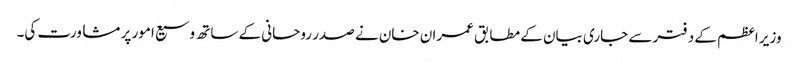
وزیر اعظم کے دفتر سے جاری بیان کے مطابق عمران خان نے صدر روحانی کے ساتھ وسیع امور پر مشاورت کی۔